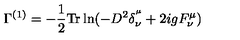
\Gamma ^ { ( 1 ) } = - \frac { 1 } { 2 } \mathrm { T r } \ln ( - D ^ { 2 } \delta _ { \nu } ^ { ^ \mu } + 2 i g F _ { \nu } ^ { \mu } )